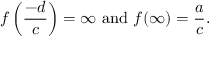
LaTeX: f \left( { \frac { - d } { c } } \right) = \infty { \mathrm { ~ a n d ~ } } f ( \infty ) = { \frac { a } { c } } .